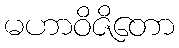
မဟာဝိဇိတော